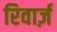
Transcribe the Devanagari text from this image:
रिवार्ज़